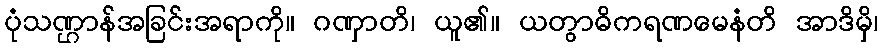
ပုံသဏ္ဌာန်အခြင်းအရာကို။ ဂဏှာတိ၊ ယူ၏။ ယတွာဓိကရဏမေနံတိ အာဒိမှိ၊